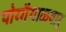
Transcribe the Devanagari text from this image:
पोय्गैयाळ्वार्